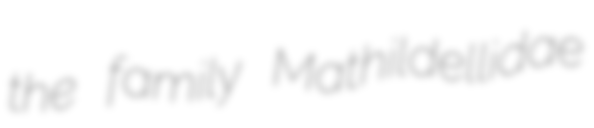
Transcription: the family Mathildellidae